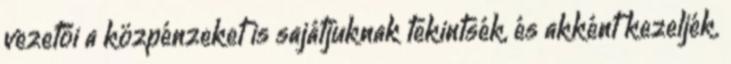
vezetői a közpénzeket is sajátjuknak tekintsék, és akként kezeljék.